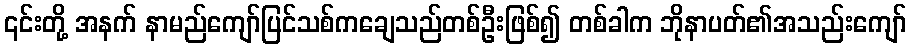
၎င်းတို့ အနက် နာမည်ကျော်ပြင်သစ်ကချေသည်တစ်ဦးဖြစ်၍ တစ်ခါက ဘိုနာပတ်၏အသည်းကျော်